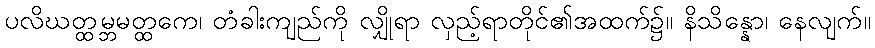
ပလိဃတ္ထမ္ဘမတ္ထကေ၊ တံခါးကျည်ကို လျှိုရာ လှည့်ရာတိုင်၏အထက်၌။ နိသိန္နော၊ နေလျက်။